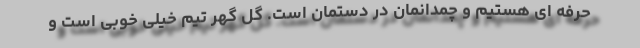
حرفه ای هستیم و چمدانمان در دستمان است. گل گهر تیم خیلی خوبی است و